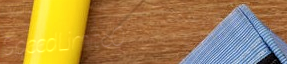
SpeedLimit60